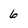
Character: 6